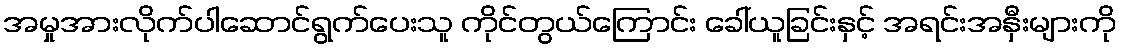
အမှုအားလိုက်ပါဆောင်ရွက်ပေးသူ ကိုင်တွယ်ကြောင်း ခေါ်ယူခြင်းနှင့် အရင်းအနှီးများကို